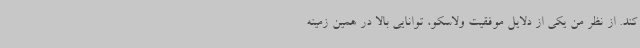
کند. از نظر من یکی از دلایل موفقیت ولاسکو، ‌توانایی بالا در همین زمینه